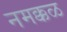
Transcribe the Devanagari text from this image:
नमक्कळ